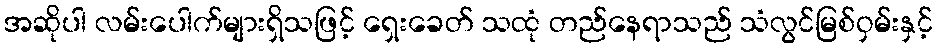
အဆိုပါ လမ်းပေါက်များရှိသဖြင့် ရှေးခေတ် သထုံ တည်နေရာသည် သံလွင်မြစ်ဝှမ်းနှင့်